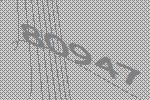
80947